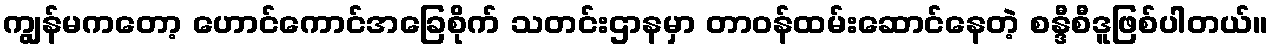
ကျွန်မကတော့ ဟောင်ကောင်အခြေစိုက် သတင်းဌာနမှာ တာဝန်ထမ်းဆောင်နေတဲ့ စန္ဒီစီဒူဖြစ်ပါတယ်။